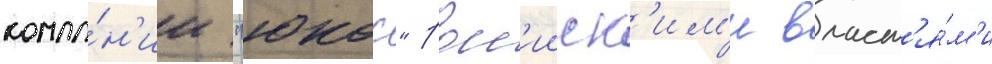
компа́н'ии "юкос" росс'ииск'им'и власт'я́м'и